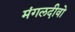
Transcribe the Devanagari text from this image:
मंगलदीवो